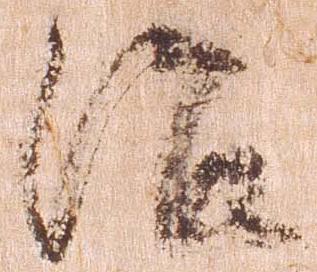
治